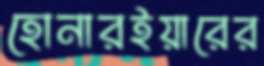
হোনারইয়ারের